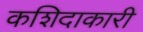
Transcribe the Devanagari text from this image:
कशिदाकारी